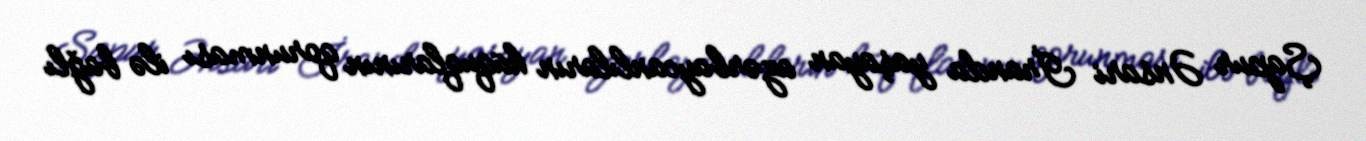
Şapur Ənsari İranda yaşayan azərbaycanlıların hüquqlarının qorunması ilə bağlı